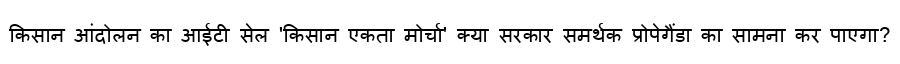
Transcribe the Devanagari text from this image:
किसान आंदोलन का आईटी सेल 'किसान एकता मोर्चा' क्या सरकार समर्थक प्रोपेगैंडा का सामना कर पाएगा?